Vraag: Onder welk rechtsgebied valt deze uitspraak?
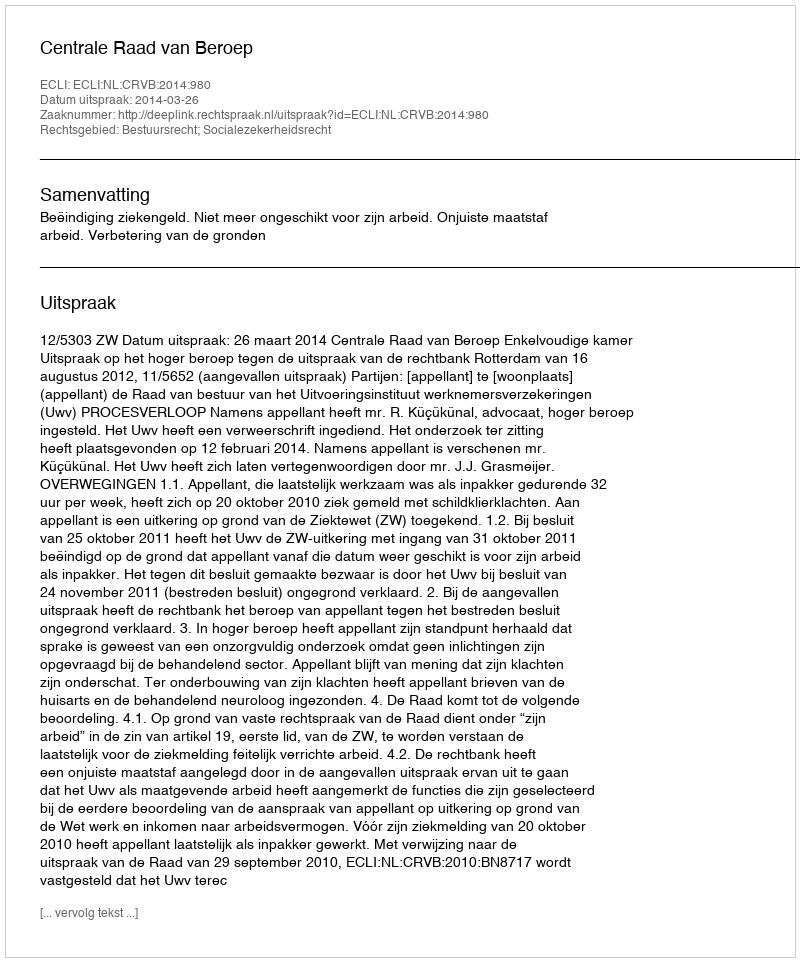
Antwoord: Bestuursrecht; Socialezekerheidsrecht